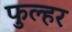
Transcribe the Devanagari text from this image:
फुल्हर